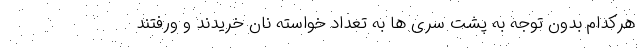
هرکدام بدون توجه به پشت سری ها به تعداد خواسته نان خریدند و ورفتند